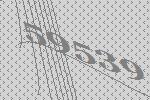
59539